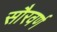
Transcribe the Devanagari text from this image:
सौरवर्ण